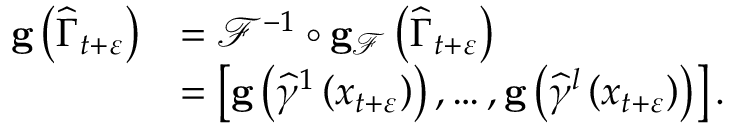
\begin{array} { r l } { \mathbf { g } \left( \widehat { \Gamma } _ { t + \varepsilon } \right) } & { = \mathcal { F } ^ { - 1 } \circ \mathbf { g } _ { \mathcal { F } } \left( \widehat { \Gamma } _ { t + \varepsilon } \right) } \\ & { = \left[ \mathbf { g } \left( \widehat { \gamma } ^ { 1 } \left( x _ { t + \varepsilon } \right) \right) , \ldots , \mathbf { g } \left( \widehat { \gamma } ^ { l } \left( x _ { t + \varepsilon } \right) \right) \right] . } \end{array}